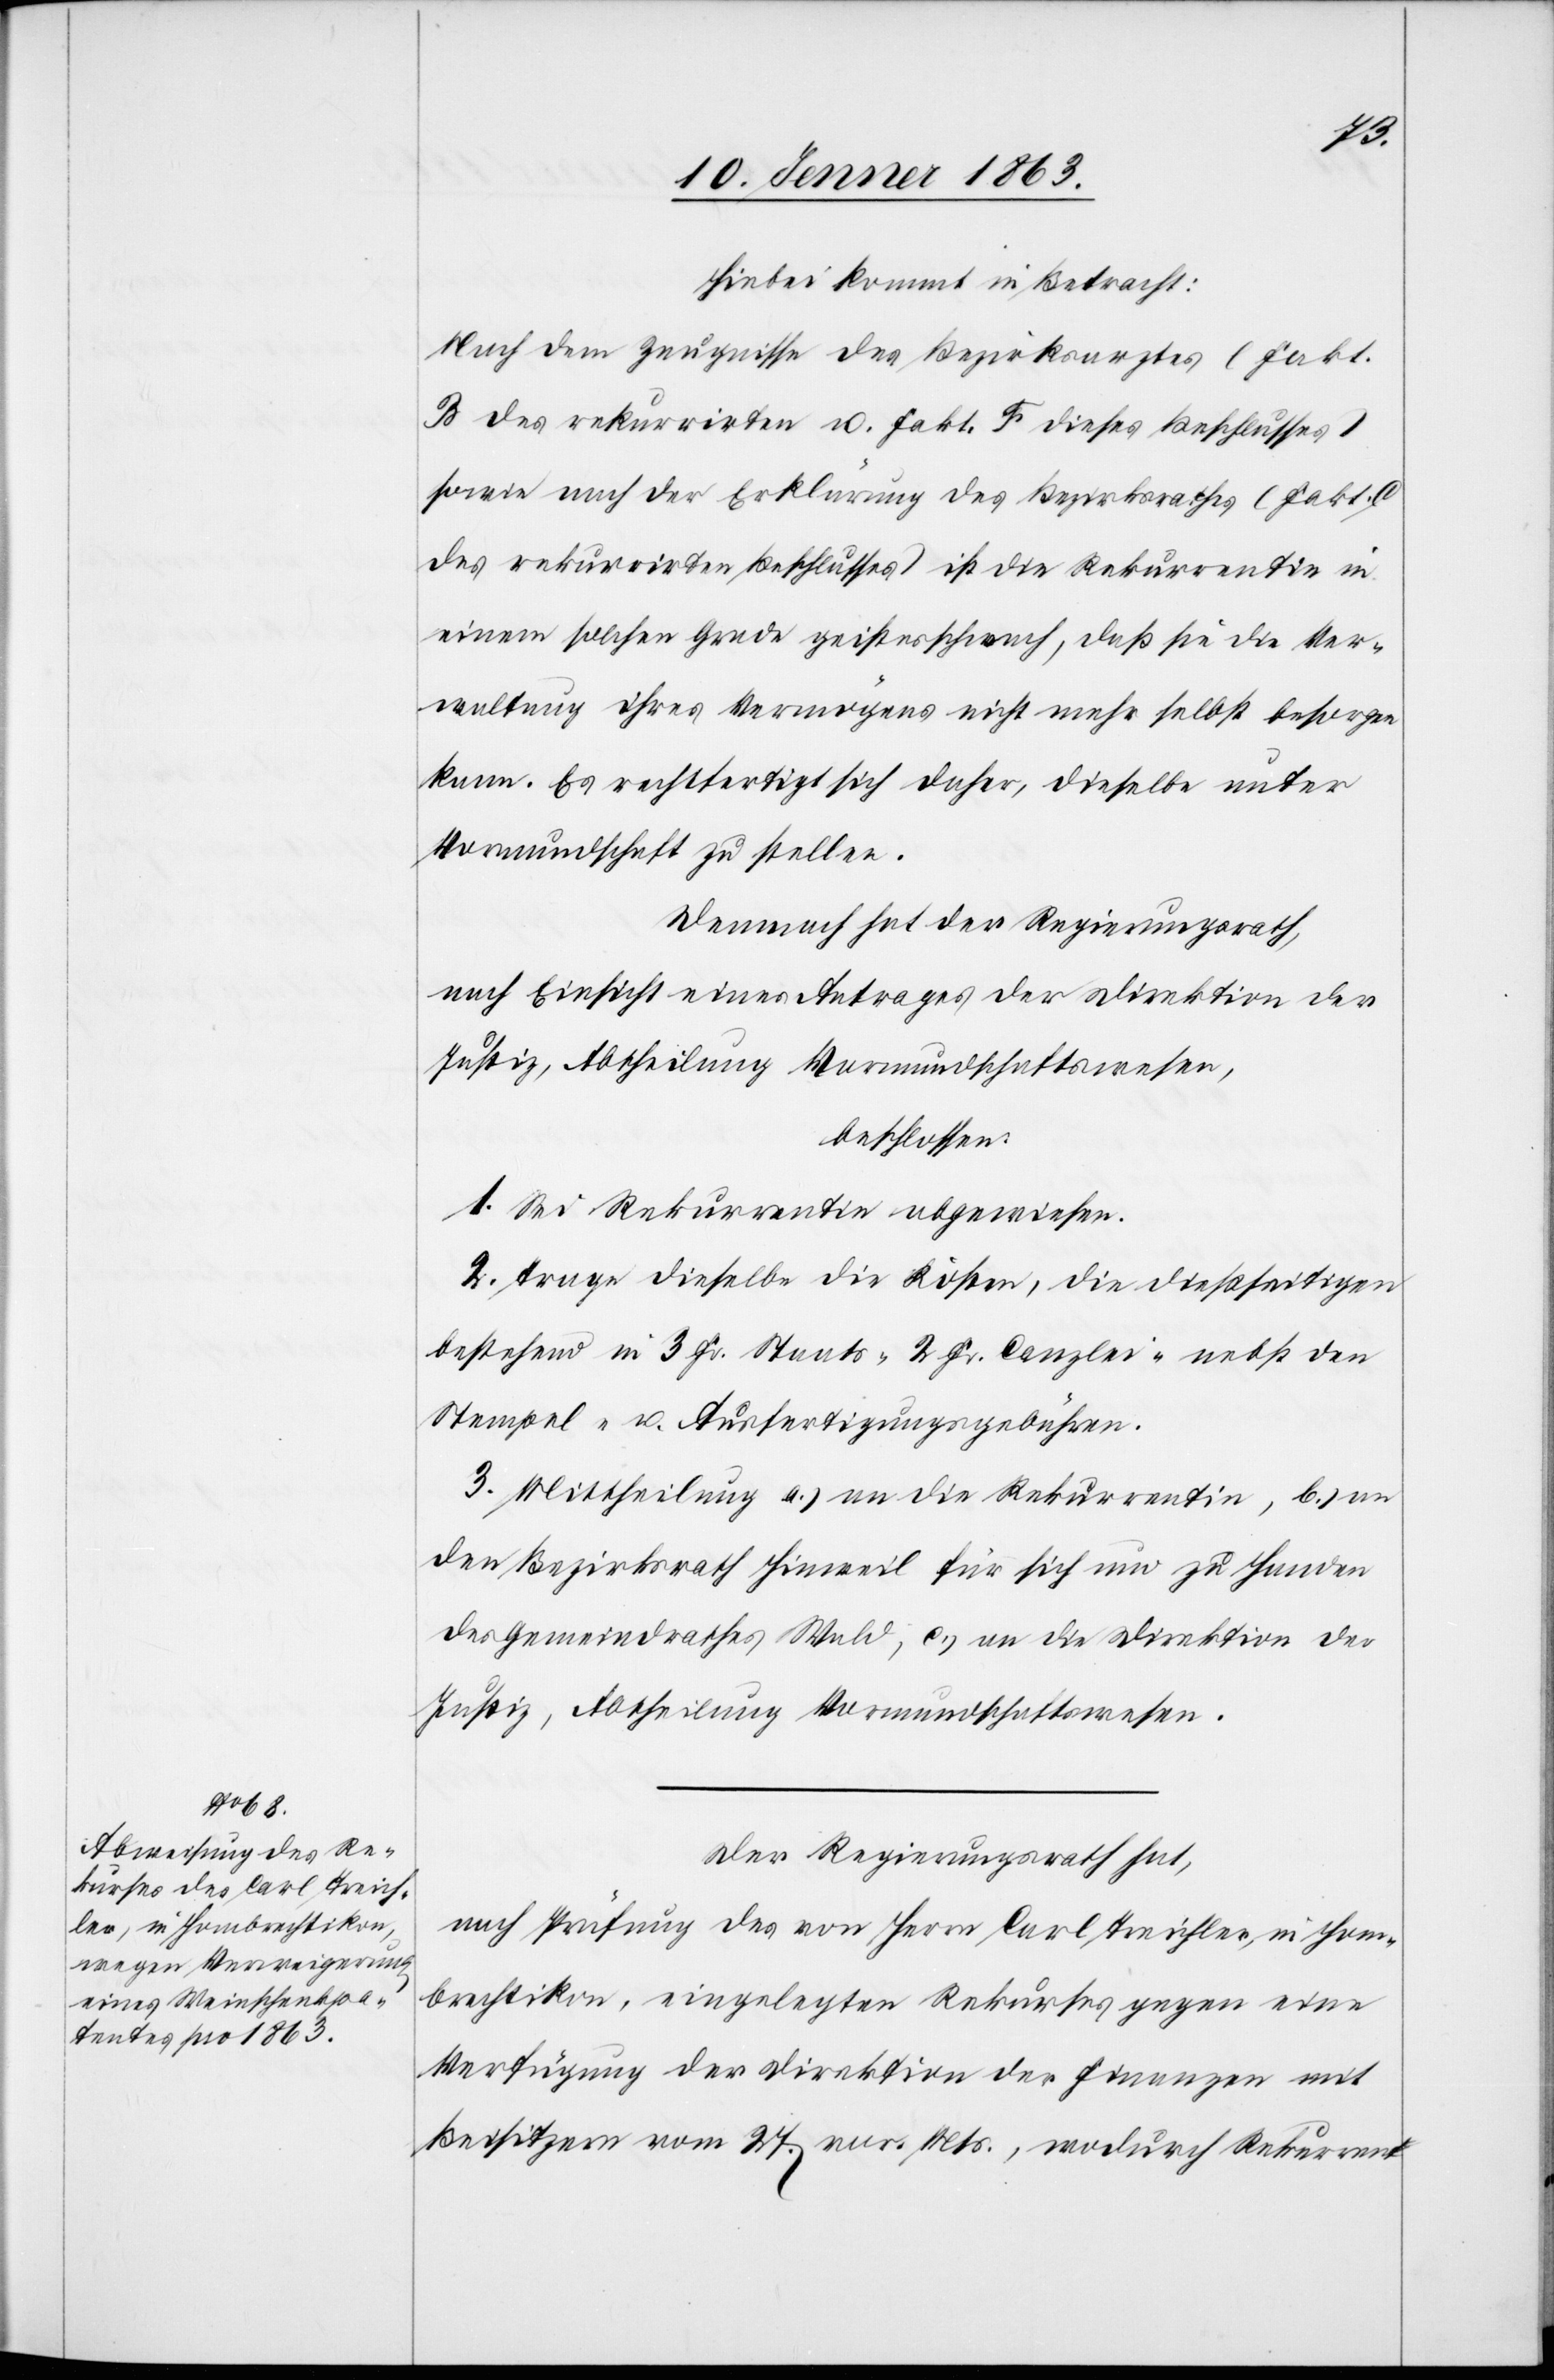
Hiebei kommt in Betracht:
Nach dem Zeugnisse des Bezirksarztes (Fakt.
B des rekurrirten u. Fakt. F dieses Beschlusses)
sowie nach der Erklärung des Bezirksrathes (Fakt.
des rekurrirten Beschlusses) ist die Rekurrentin in
einem solchen Grade geistesschwach, daß sie die Ver¬
waltung ihres Vermögens nicht mehr selbst besorgen
kann. Es rechtfertigt sich daher, dieselbe unter
Vormundschaft zu stellen.
Demnach hat der Regierungsrath,
nach Einsicht eines Antrages der Direktion der
Justiz, Abtheilung Vormundschaftswesen,
beschlossen:
1. Sei Rekurrentin abgewiesen.
2. Trage dieselbe die Kosten, die dießseitigen
bestehend in 3 Fr. Staats-[,] 2 Fr. Canzlei- nebst den
Stempel- u. Ausfertigungsgebühren.
3. Mittheilung a.) an die Rekurrentin, b.) an
den Bezirksrath Hinweil für sich und zu Handen
des Gemeindrathes Wald, c.) an die Direktion der
Justiz, Abtheilung Vormundschaftswesen.
Der Regierungsrath hat,
nach Prüfung des von Herrn Carl Treichler, in Hom¬
brechtikon, eingelegten Rekurses gegen eine
Verfügung der Direktion der Finanzen mit
Beisitzern vom 27. vor. Mts., wodurch Rekurrent